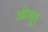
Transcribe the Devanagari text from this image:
ओसूर्